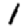
Digit: 1